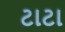
ટાટા